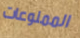
الممنوعات